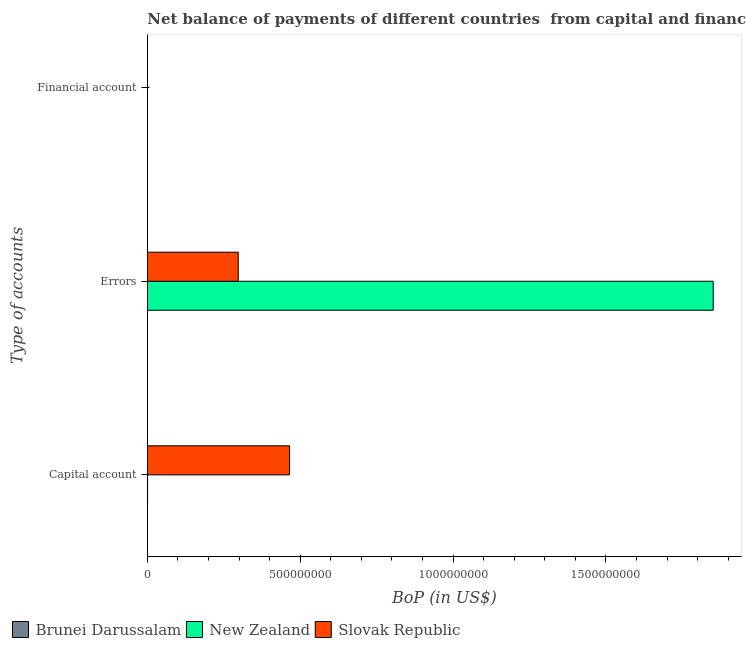
| Type of accounts | Brunei Darussalam | New Zealand | Slovak Republic |
 | --- | --- | --- | --- |
 | Capital account | -7.43e+06 | 7.64e+05 | 4.65e+08 |
 | Errors | -5.86e+09 | 1.85e+09 | 2.97e+08 |
 | Financial account | -1.04e+09 | -7.47e+09 | -3.34e+09 |